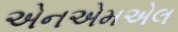
એનએમએલ